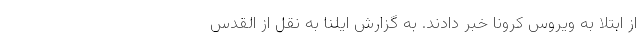
از ابتلا به ویروس کرونا خبر دادند. به گزارش ایلنا به نقل از القدس